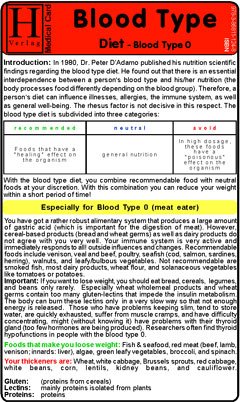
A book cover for Blood Type Diet - 0 - Medical Card; Hawelka; Health, Fitness & Dieting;